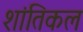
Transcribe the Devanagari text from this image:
शांतिकल